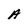
Character: A